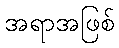
အရာအဖြစ်